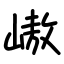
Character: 㠂